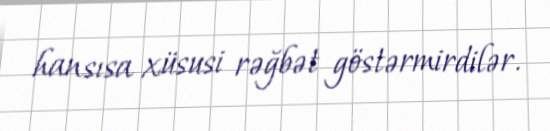
hansısa xüsusi rəğbət göstərmirdilər.